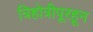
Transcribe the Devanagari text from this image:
त्रिहोत्रीपूरहून